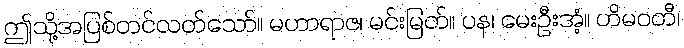
ဤသို့အပြစ်တင်လတ်သော်။ မဟာရာဇ၊ မင်းမြတ်။ ပန၊ မေးဦးအံ့။ ဟိမဝတီ၊